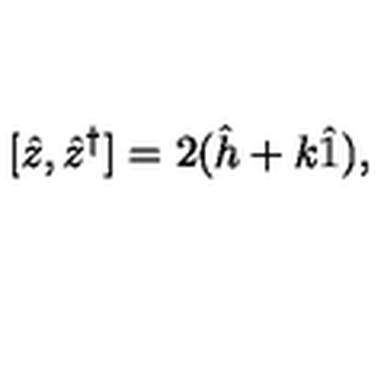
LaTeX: [ \hat { z } , \hat { z } ^ { \dag } ] = 2 ( \hat { h } + k \hat { 1 } ) ,